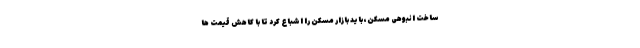
ساخت انبوهی مسکن، باید بازار مسکن را اشباع کرد تا با کاهش قیمت ها